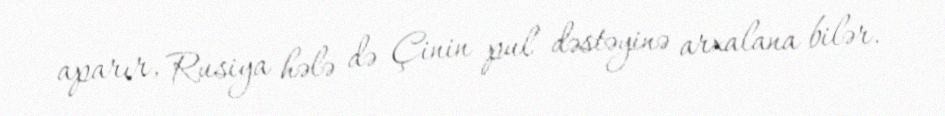
aparır, Rusiya hələ də Çinin pul dəstəyinə arxalana bilər.